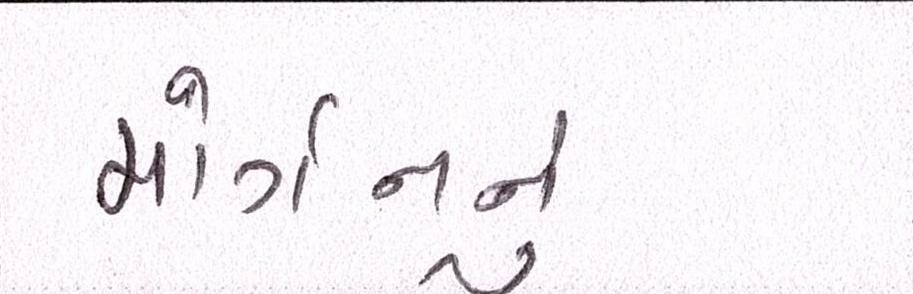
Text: મોર્ગનનું